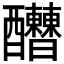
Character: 𨤇